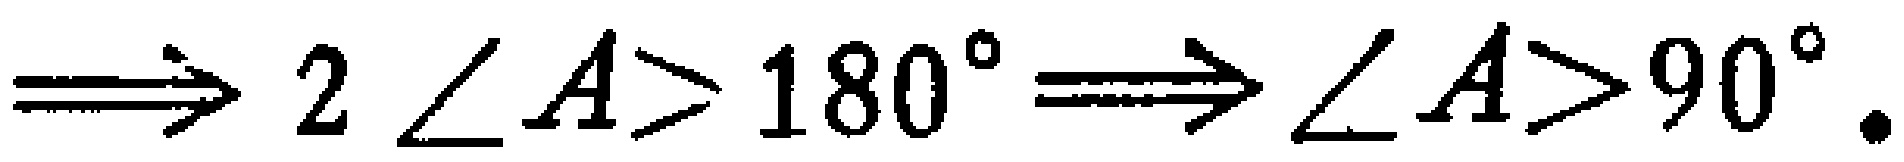
$\Longrightarrow 2\angle A>180^{\circ}\Longrightarrow\angle A > 90^{\circ}.$